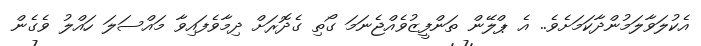
އެކުލަވާލަމުންދާކަމަށެވެ.. އެ ޕްލޭން ތަންފީޒުވެއްޖެނަމަ ގޯތި ގެދޮރަށް ދިމާވެފައިވާ މައްސަލަ ހައްލު ވެގެން